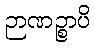
ဉာဏဉ္စာပိ